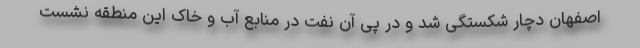
اصفهان دچار شکستگی شد و در پی آن نفت در منابع آب و خاک این منطقه نشست